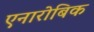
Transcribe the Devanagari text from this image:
एनारोबिक